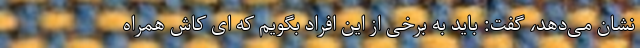
نشان می‌دهد، گفت: باید به برخی از این افراد بگویم که ای کاش همراه